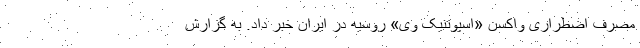
مصرف اضطراری واکسن «اسپوتنیک وی» روسیه در ایران خبر داد. به گزارش